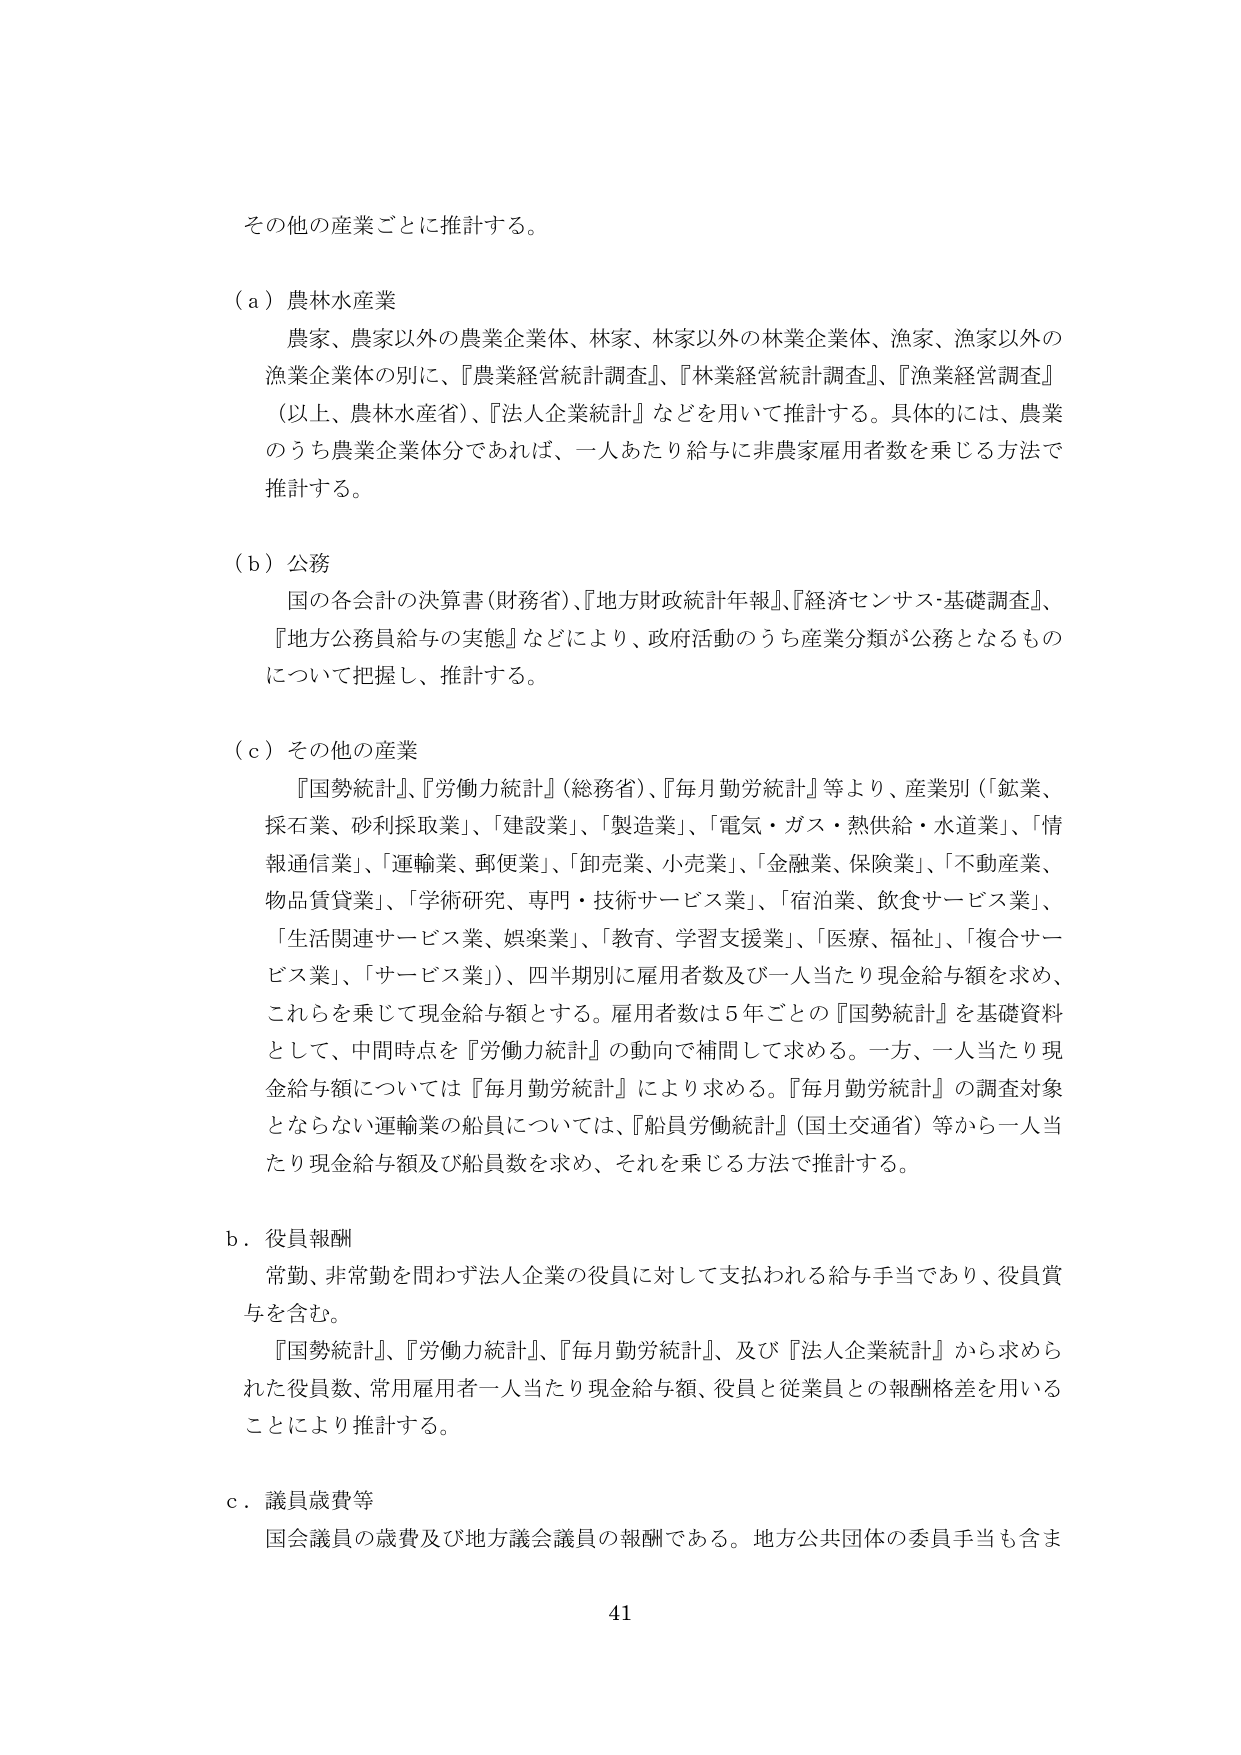
その他の産業ごとに推計する。

（ａ）農林水産業
農家、農家以外の農業企業体、林家、林家以外の林業企業体、漁家、漁家以外の
漁業企業体の別に、『農業経営統計調査』、『林業経営統計調査』、『漁業経営調査』
（以上、農林水産省）、『法人企業統計』などを用いて推計する。具体的には、農業
のうち農業企業体分であれば、一人あたり給与に非農家雇用者数を乗じる方法で
推計する。

（ｂ）公務
国の各会計の決算書（財務省）、『地方財政統計年報』、『経済センサス・基礎調査』、
『地方公務員給与の実態』などにより、政府活動のうち産業分類が公務となるもの
について把握し、推計する。

（ｃ）その他の産業
『国勢統計』、『労働力統計』（総務省）、『毎月勤労統計』等より、産業別（鉱業、
採石業、砂利採取業）、「建設業」、「製造業」、「電気・ガス・熱供給・水道業」、「情
報通信業」、「運輸業、郵便業」、「卸売業、小売業」、「金融業、保険業」、「不動産業、
物品賃貸業」、「学術研究、専門・技術サービス業」、「宿泊業、飲食サービス業」、
「生活関連サービス業、娯楽業」、「教育、学習支援業」、「医療、福祉」、「複合サー
ビス業」、「サービス業」）、四半期別に雇用者数及び一人当たり現金給与額を求め、
これらを乗じて現金給与額とする。雇用者数は５年ごとの『国勢統計』を基礎資料
として、中間時点を『労働力統計』の動向で補間して求める。一方、一人当たり現
金給与額については『毎月勤労統計』により求める。『毎月勤労統計』の調査対象
とならない運輸業の船員については、『船員労働統計』（国土交通省）等から一人当
たり現金給与額及び船員数を求め、それを乗じる方法で推計する。

ｂ．役員報酬
常勤、非常勤を問わず法人企業の役員に対して支払われる給与手当であり、役員賞
与を含む。
『国勢統計』、『労働力統計』、『毎月勤労統計』、及び『法人企業統計』から求めら
れた役員数、常用雇用者一人当たり現金給与額、役員と従業員との報酬格差を用いる
ことにより推計する。

ｃ．議員歳費等
国会議員の歳費及び地方議会議員の報酬である。地方公共団体の委員手当も含ま

41